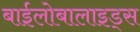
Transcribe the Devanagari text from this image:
बाईलोबालाइड्स